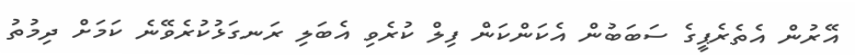
އޭރުން އެތެރެޕީގެ ސަބަބުން އެކަންކަން ފިލް ކުރެވި އެބަލި ރަނގަޅުކުރެވޭނެ ކަމަށް ދިމުތު